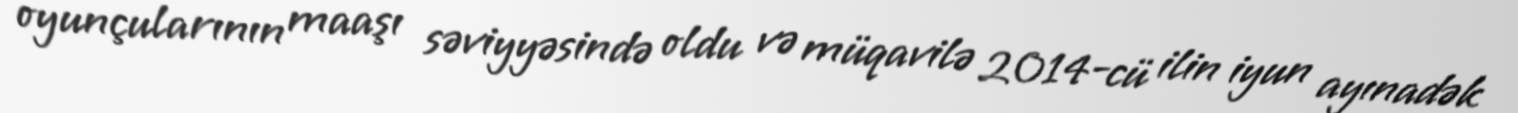
oyunçularının maaşı səviyyəsində oldu və müqavilə 2014-cü ilin iyun ayınadək